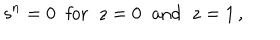
LaTeX: s ^ { n } = 0 \; \; \mathrm { f o r } \; \; z = 0 \; \; \mathrm { a n d } \; \; z = 1 \, ,